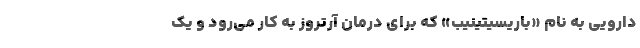
دارویی به نام «باریسیتینیب» که برای درمان آرتروز به کار می‌رود و یک